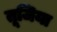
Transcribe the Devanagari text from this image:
तूजिया